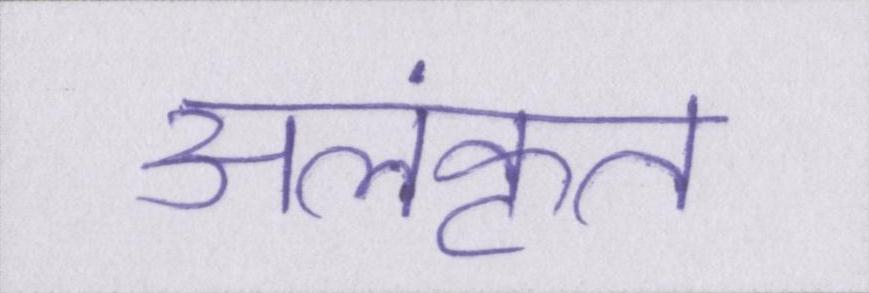
अलंकृत